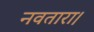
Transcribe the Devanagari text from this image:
नवतारा।